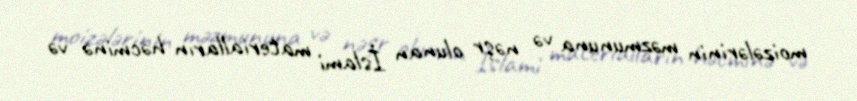
moizələrinin məzmununa və nəşr olunan İslami materialların həcminə və